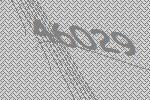
46029